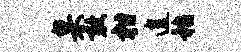
臬敢柑遑嵇